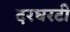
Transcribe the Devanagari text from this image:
दरघरटी